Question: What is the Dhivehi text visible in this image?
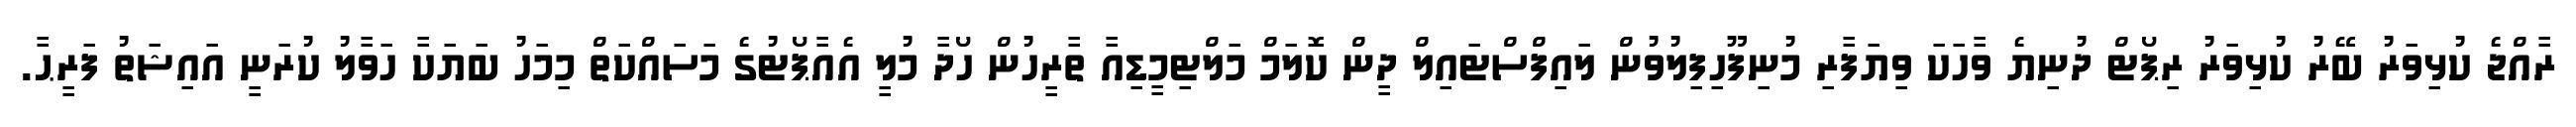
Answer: ރާއްޖެ ކުޅިވަރު ބޭރު ކުޅިވަރު ރިޕޯޓް ދުނިޔެ ވާހަކަ ވިޔަފާރި މުނިފޫހިފިލުވުން ލައިފްސްޓައިލް ދީން ކޮލަމް މަލްޓިމީޑިއާ ތާރީހުން ހޯދާ މުލީ އެއާޕޯޓުގެ މަސައްކަތް މިމަހު ބަޔަކާ ހަވާލު ކުރަނީ އައިޝަތު ފަރީޙާ.